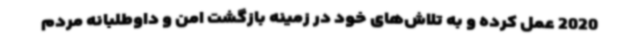
2020 عمل کرده و به تلاش‌های خود در زمینه بازگشت امن و داوطلبانه مردم